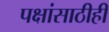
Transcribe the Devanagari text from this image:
पक्षांसाठीही